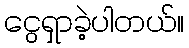
ငွေရှာခဲ့ပါတယ်။